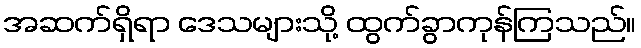
အဆက်ရှိရာ ဒေသများသို့ ထွက်ခွာကုန်ကြသည်။